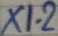
Text: X1-2